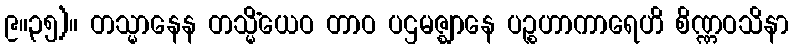
၉။၃၅)။ တသ္မာနေန တသ္မိံယေဝ တာဝ ပဌမဇ္ဈာနေ ပဉ္စဟာကာရေဟိ စိဏ္ဏဝသိနာ